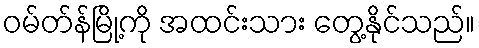
ဝမ်တ်န်မြို့ကို အထင်းသား တွေ့နိုင်သည်။